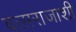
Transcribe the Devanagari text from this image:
वत्सराजाशी